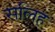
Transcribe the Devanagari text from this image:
सलिह